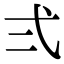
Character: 弍